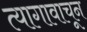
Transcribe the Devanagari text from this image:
त्यागावाचून